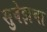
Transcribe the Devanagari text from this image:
सुवेझचा